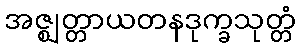
အဇ္ဈတ္တာယတနဒုက္ခသုတ္တံ